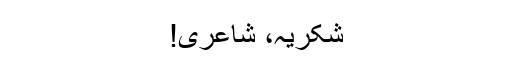
شکریہ، شاعری!